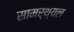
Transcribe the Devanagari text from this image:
सामर्थ्यल